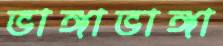
ভাঙ্গাভাঙ্গা